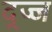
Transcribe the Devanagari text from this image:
द्ज्ज